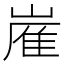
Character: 嵟